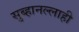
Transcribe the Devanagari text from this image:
सुब्हानल्लाही